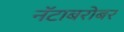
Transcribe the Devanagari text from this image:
नॅटाबरोबर